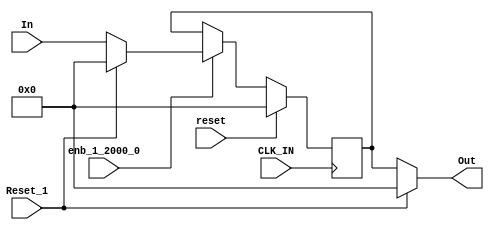
module controllerHdl_Reset_Delay
          (
           CLK_IN,
           reset,
           enb_1_2000_0,
           Reset_1,
           In,
           Out
          );
  input   CLK_IN;
  input   reset;
  input   enb_1_2000_0;
  input   Reset_1;
  input   signed [31:0] In;  
  output  signed [31:0] Out;  
  wire signed [31:0] Constant1_out1;  
  wire signed [31:0] Reset_Switch1_out1;  
  reg signed [31:0] In_Delay_out1;  
  wire signed [31:0] Constant_out1;  
  wire signed [31:0] Reset_Switch_out1;  
  assign Constant1_out1 = 32'sb00000000000000000000000000000000;
  assign Reset_Switch1_out1 = (Reset_1 == 1'b0 ? In :
              Constant1_out1);
  always @(posedge CLK_IN)
    begin : In_Delay_process
      if (reset == 1'b1) begin
        In_Delay_out1 <= 32'sb00000000000000000000000000000000;
      end
      else if (enb_1_2000_0) begin
        In_Delay_out1 <= Reset_Switch1_out1;
      end
    end
  assign Constant_out1 = 32'sb00000000000000000000000000000000;
  assign Reset_Switch_out1 = (Reset_1 == 1'b0 ? In_Delay_out1 :
              Constant_out1);
  assign Out = Reset_Switch_out1;
endmodule